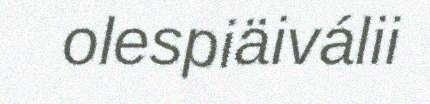
olespiäiválii